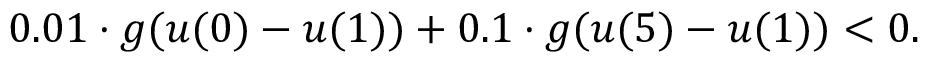
0 . 0 1 \cdot g ( u ( 0 ) - u ( 1 ) ) + 0 . 1 \cdot g ( u ( 5 ) - u ( 1 ) ) < 0 .